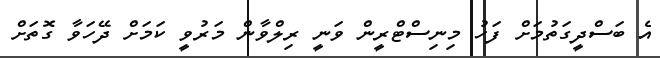
އެ ބަސްދީގަތުމަށް ފަހު މިނިސްޓްރީން ވަނީ ރިލްވާން މަރުވީ ކަމަށް ދޭހަވާ ގޮތަށް